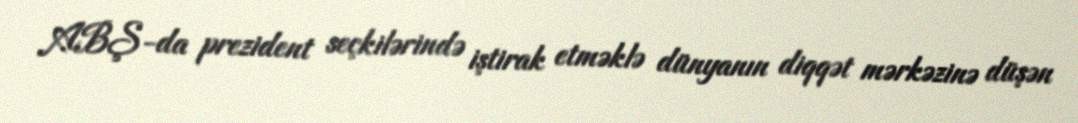
ABŞ-da prezident seçkilərində iştirak etməklə dünyanın diqqət mərkəzinə düşən